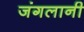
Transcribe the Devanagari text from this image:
जंगलानी